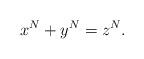
LaTeX: \begin{align*}x^N+y^N=z^N. \end{align*}